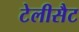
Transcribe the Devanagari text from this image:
टेलीसैट